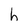
Character: h